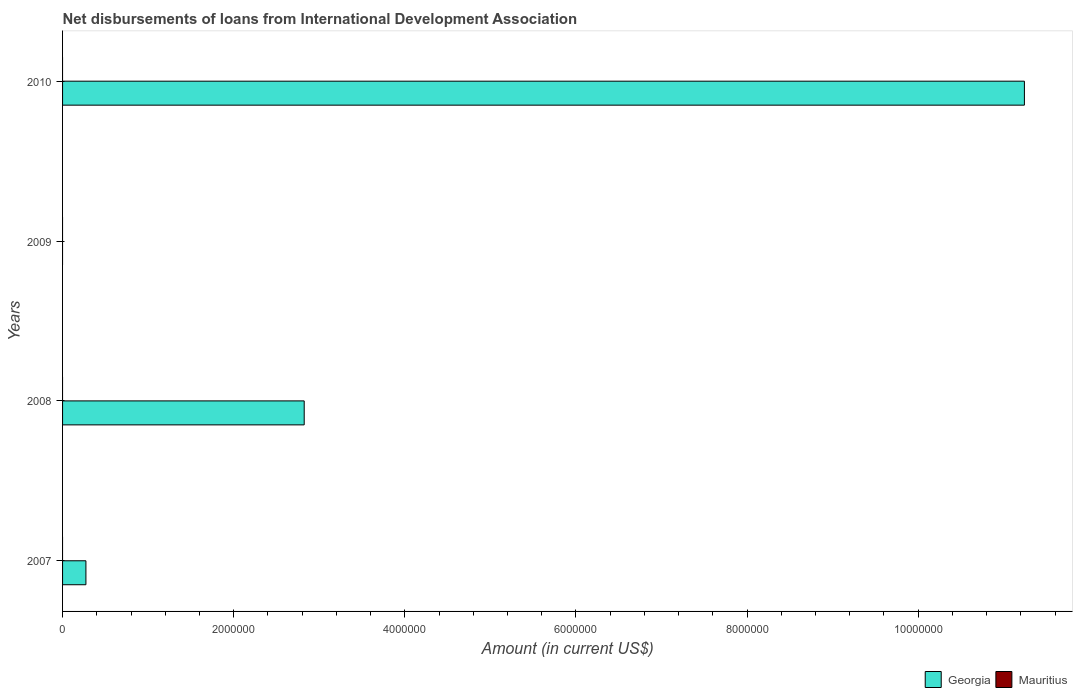
| Years | Georgia | Mauritius |
 | --- | --- | --- |
 | 2007 | 2.73e+05 | -9.39e+06 |
 | 2008 | 2.82e+06 | -8.82e+06 |
 | 2009 | -2.76e+07 | -9.61e+06 |
 | 2010 | 1.12e+07 | -1.33e+07 |